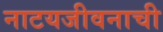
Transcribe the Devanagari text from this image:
नाटयजीवनाची